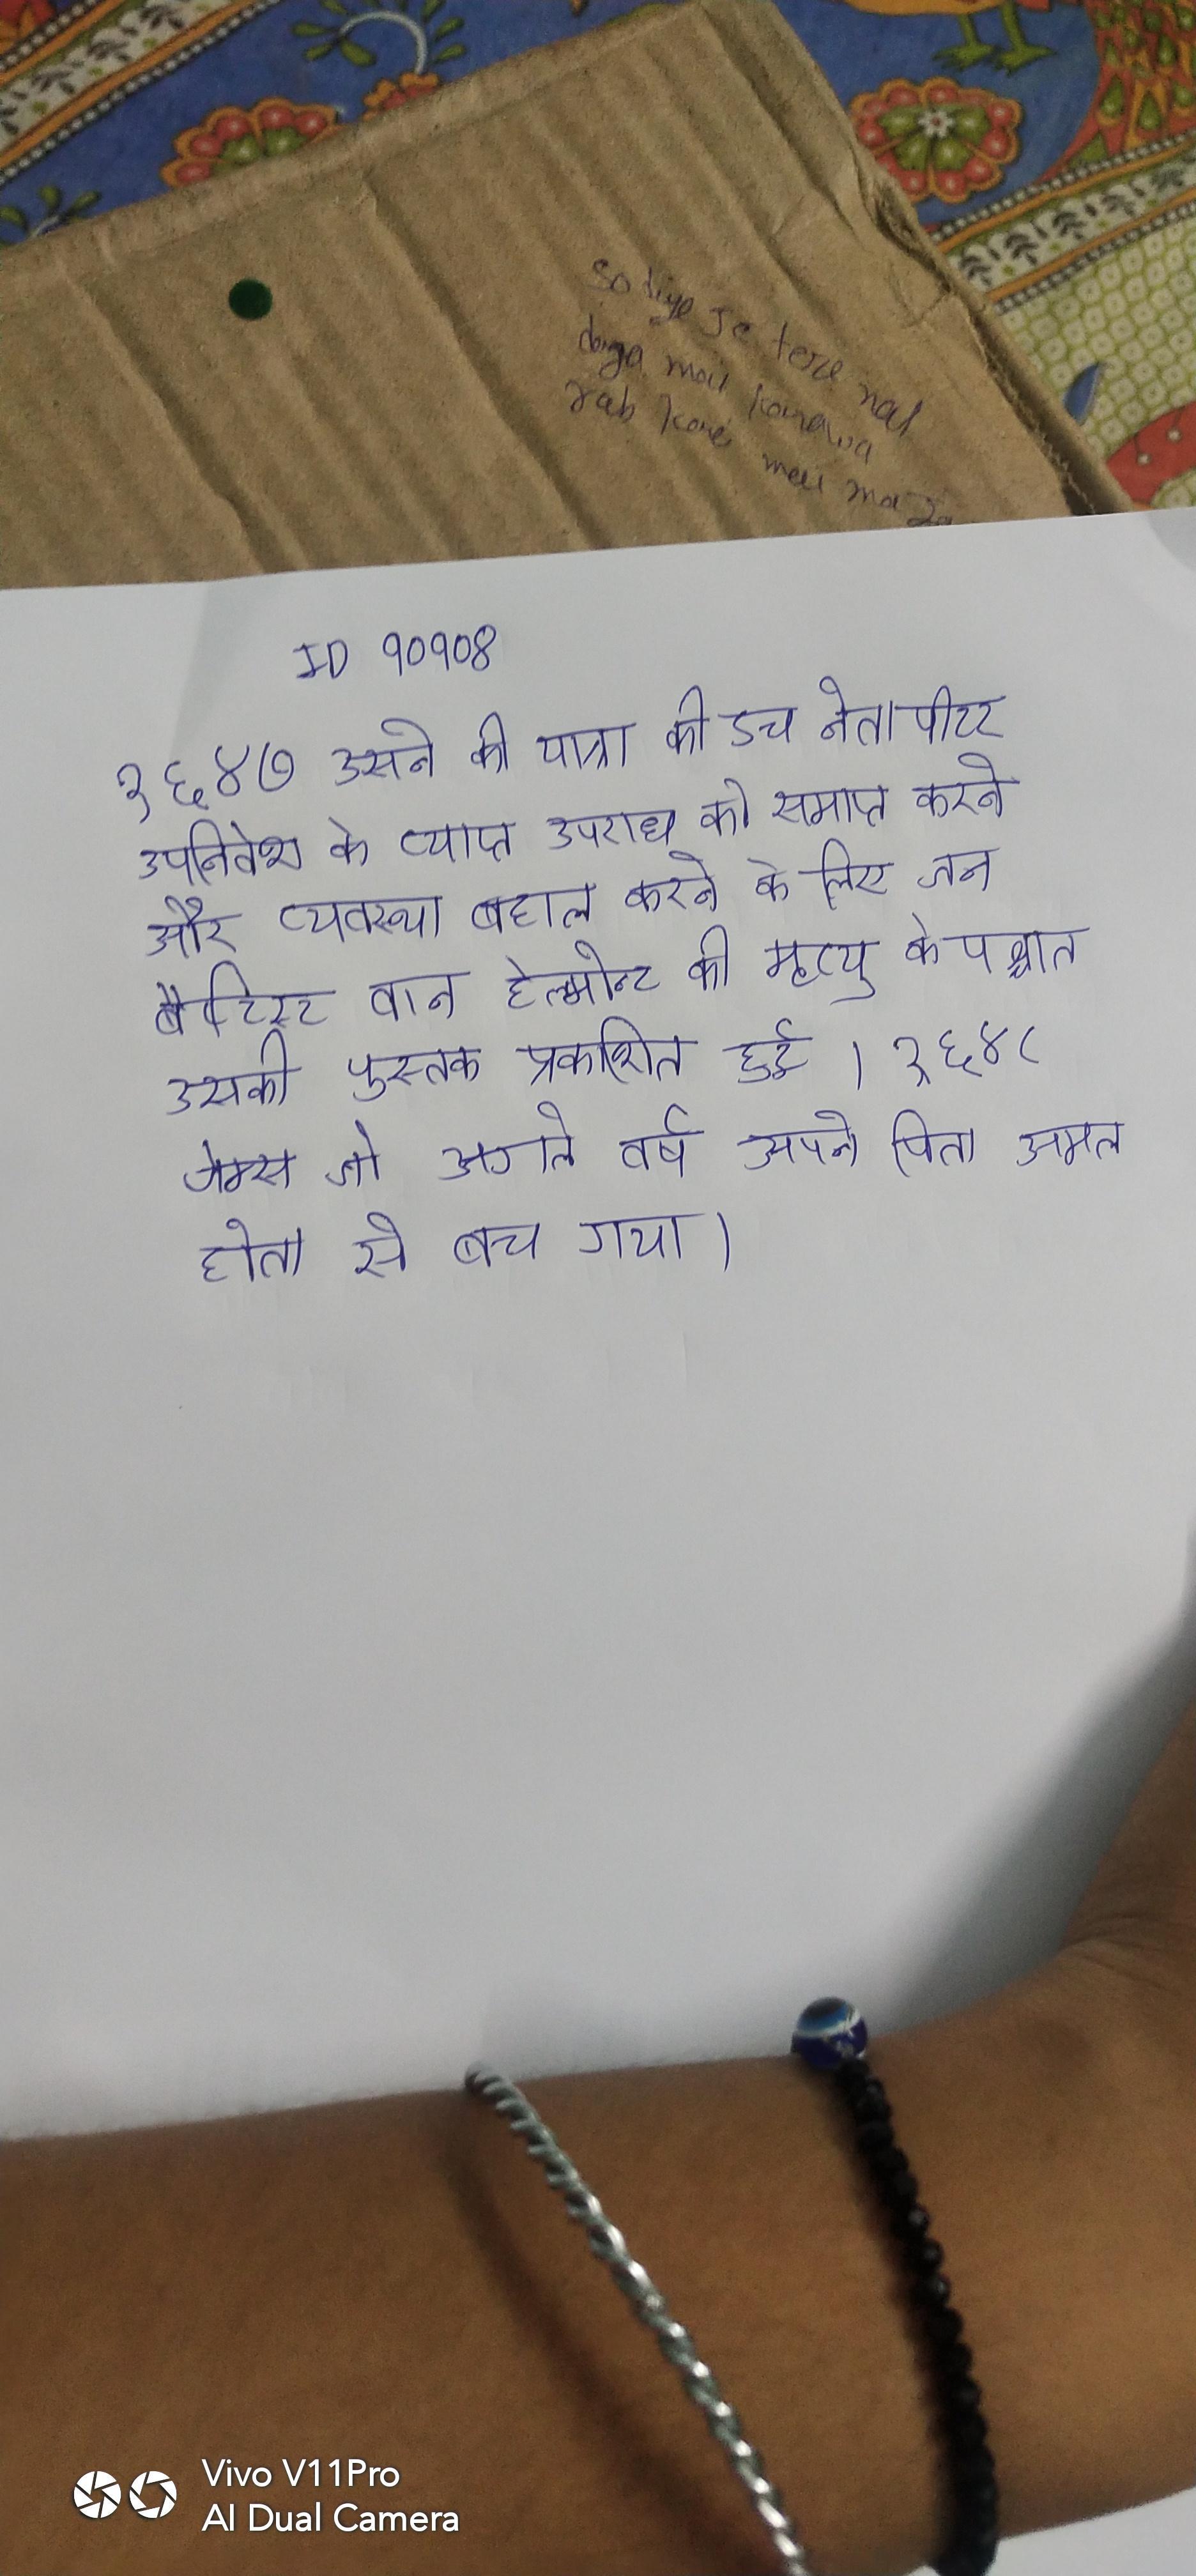
१६४७ उसने की यात्रा की । डच नेता पीटर उपनिवेश के व्याप्त अपराध को समाप्त करने और व्यवस्था बहाल करने के लिए जन बैप्टिस्ट वान हेल्मोन्ट की मृत्यु के पश्चात उसकी पुस्तक प्रकाशित हुई । १६४८ जेम्स जो अगले वर्ष अपने पिता अमल होता से बच गया ।